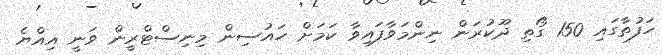
ހަފުތާގައި 150 ގޯތި ދޫކުރަން ނިންމަވާފައިވާ ކަމަށް ހައުސިން މިނިސްޓްރީން ވަނީ އިއްޔެ